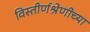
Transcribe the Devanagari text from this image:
विस्तीर्णश्रेणीच्या